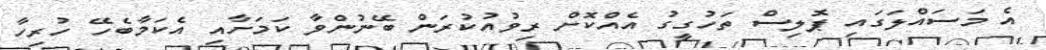
އެ މަސައްލަގައި ޕޮލިސް ތަހުގީގު އެއްކޮށް ރިވުއުކުރަން ބޭނުންވާ ކަމަށާއި އެކަމާބެހޭ ހުރިހާ